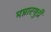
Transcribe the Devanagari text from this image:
मन्नारगुडी